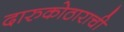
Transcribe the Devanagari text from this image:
दारुकोठाराची